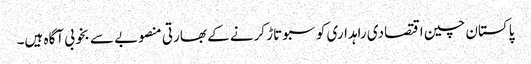
پاکستان چین اقتصادی راہداری کو سبوتاڑ کرنے کے بھارتی منصوبے سے بخوبی آگاہ ہیں۔